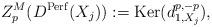
LaTeX: \begin{align*}Z^{M}_{p}(D^{\mathrm{Perf}}(X_{j})) := \mathrm{Ker}(d_{1,X_{j}}^{p,-p}),\end{align*}